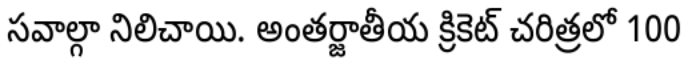
సవాల్గా నిలిచాయి. అంతర్జాతీయ క్రికెట్ చరిత్రలో 100